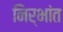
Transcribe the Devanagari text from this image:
निर्भांत